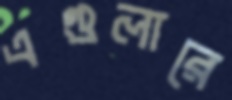
এগুলারে